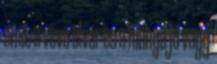
amit a vevő elvár és a hiánya jó vagy